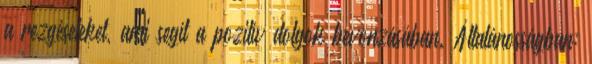
a rezgéseteket, ami segít a pozitív dolgok bevonzásában. Általánosságban: